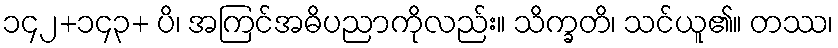
၁၄၂+၁၄၃+ ပိ၊ အကြင်အဓိပညာကိုလည်း။ သိက္ခတိ၊ သင်ယူ၏။ တဿ၊